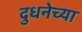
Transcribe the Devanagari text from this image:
दुधनेच्या